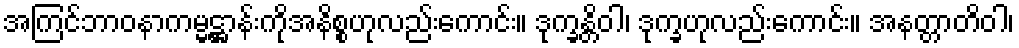
အကြင်ဘာဝနာကမ္မဋ္ဌာန်းကိုအနိစ္စဟုလည်းကောင်း။ ဒုက္ခန္တိဝါ၊ ဒုက္ခဟုလည်းကောင်း။ အနတ္တာတိဝါ၊